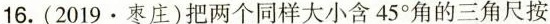
16.(2019 \cdot 枣庄)把两个同样大小含45°角的三角尺按